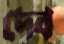
দেব